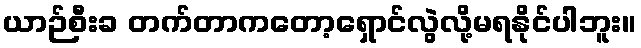
ယာဉ်စီးခ တက်တာကတော့ရှောင်လွဲလို့မရနိုင်ပါဘူး။